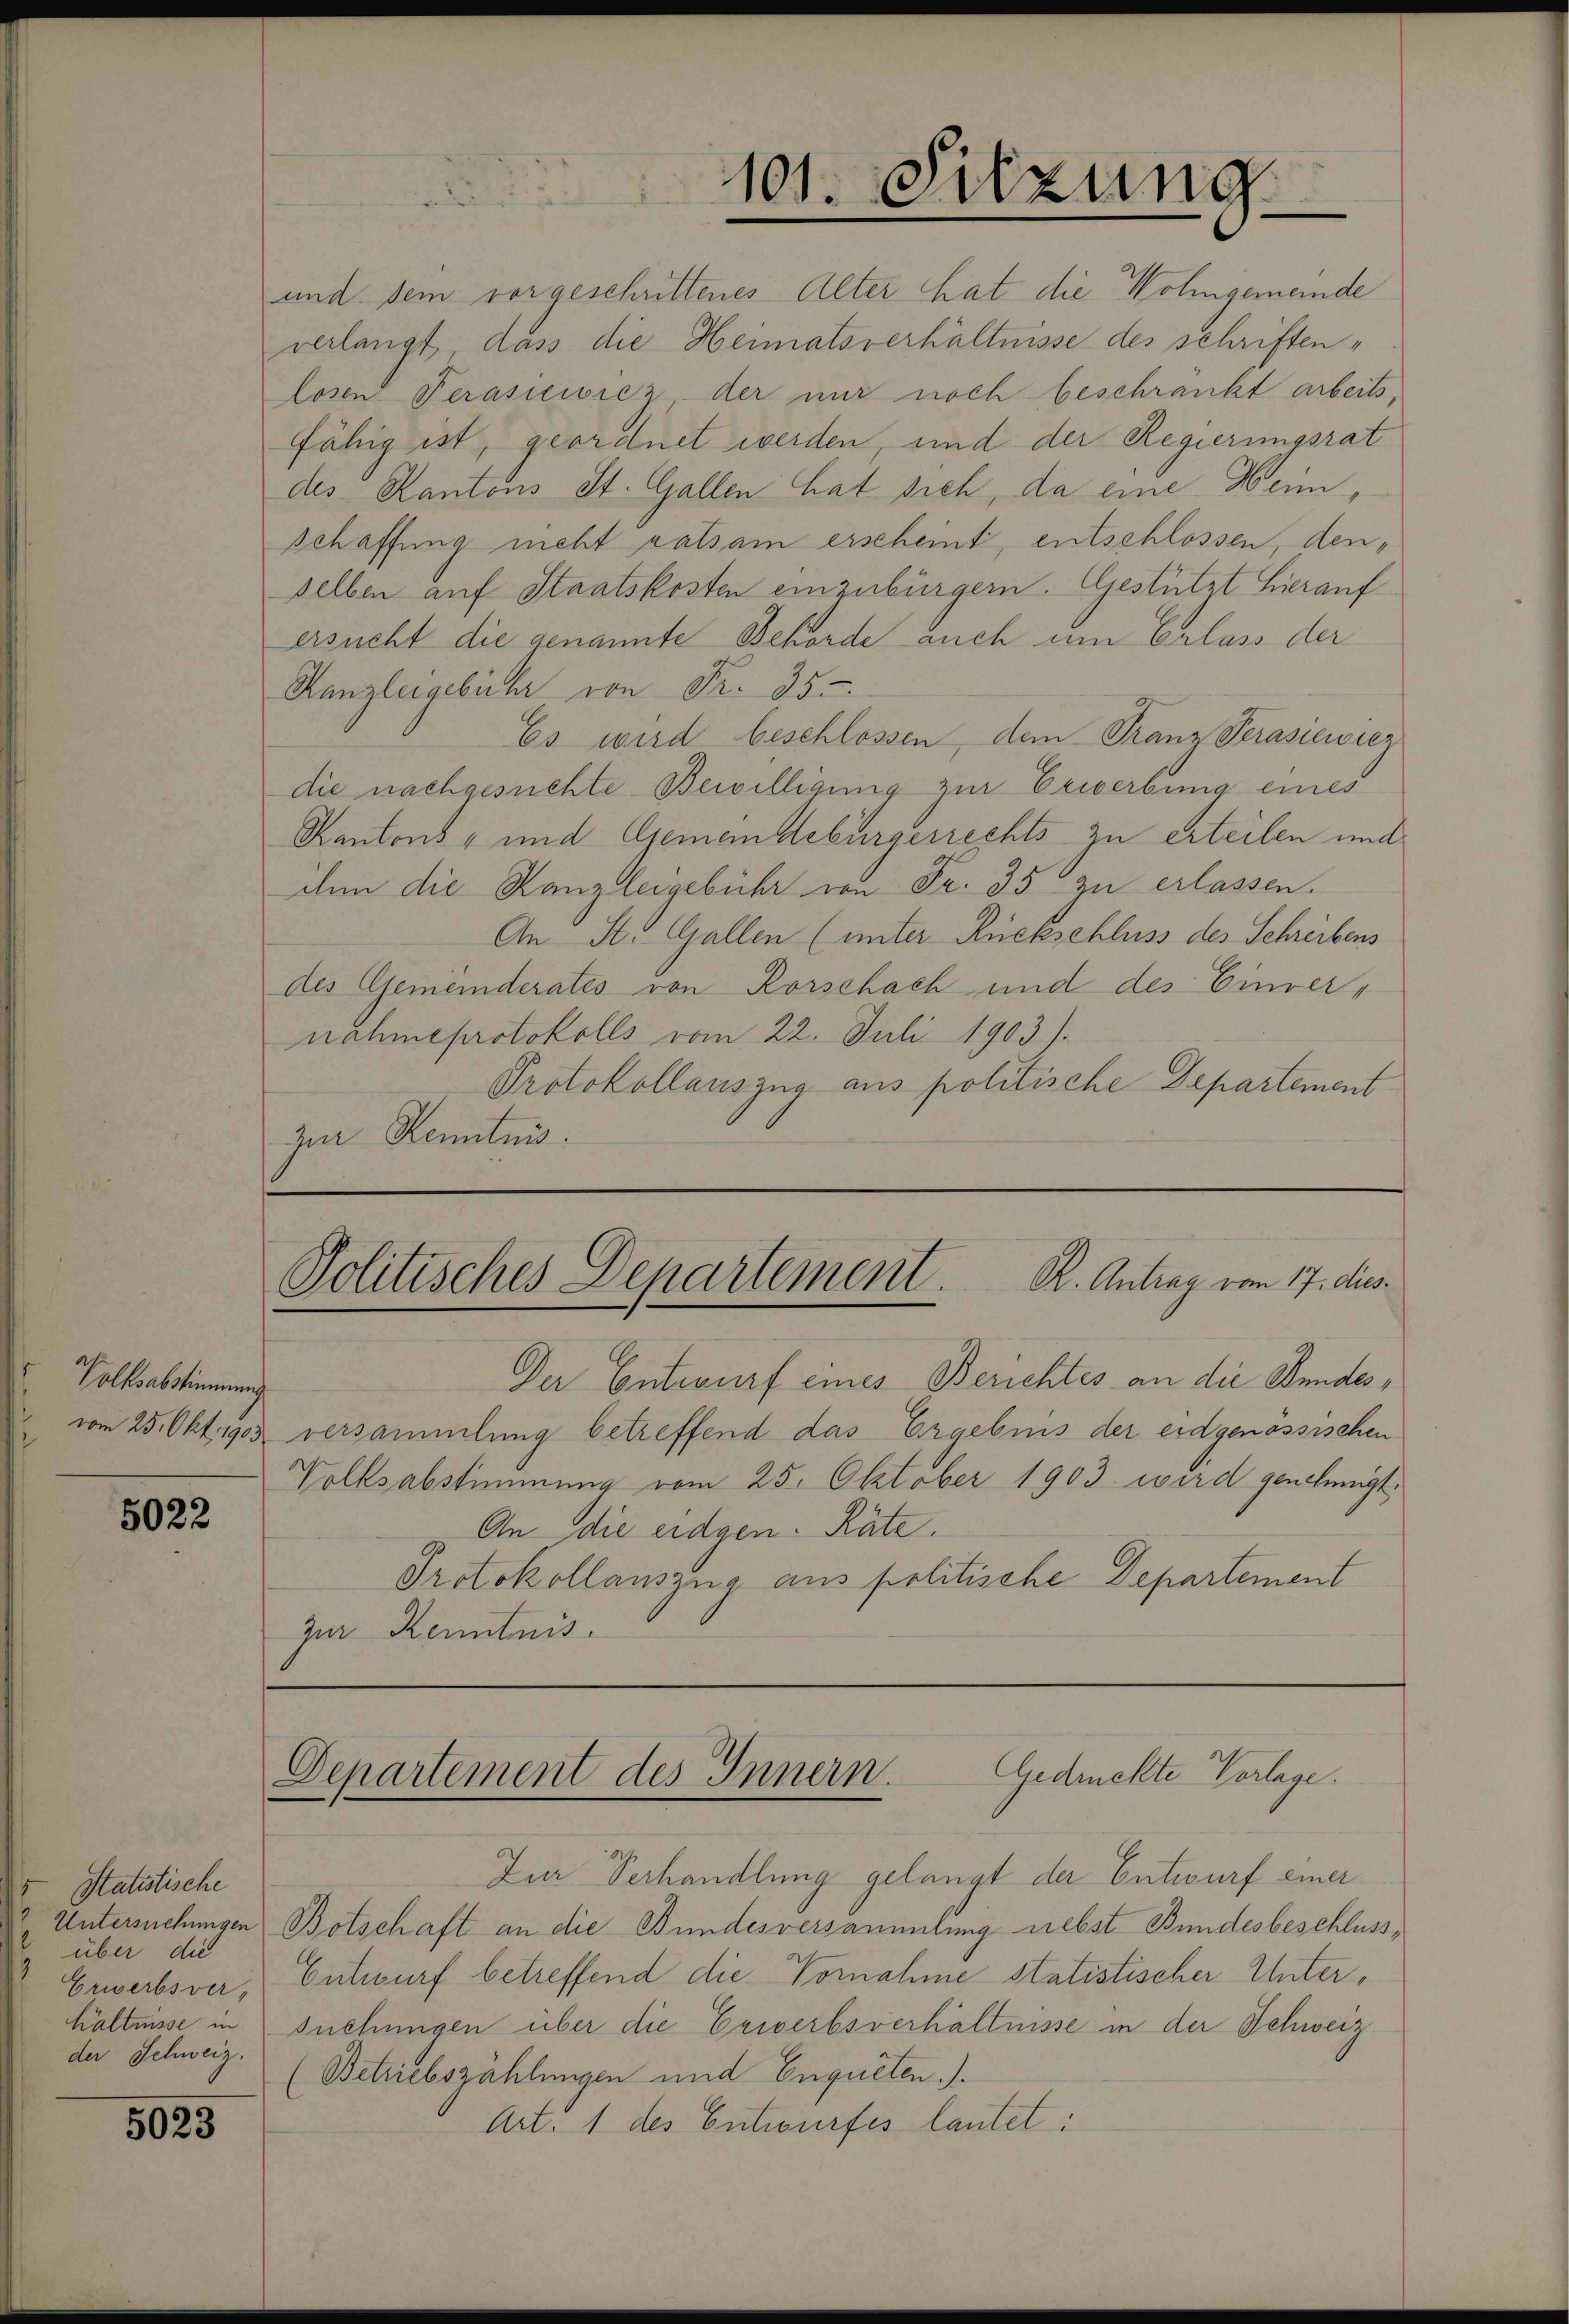
Volksabstimmung

5022

v. Statistische
Untersuchungen
über die
 Erwerbsva,
hältnisse in
der Schweiz.

5023

101. Sitzung

und dem vorgeschrittenes Alter hat die Wohngemeinde
verlangt, dass die Heimatsverhältnisse des schriftenlosen Perasiewicz der nur noch beschränkt arbeits,
fähig ist, geordnet werden, und der Regierungsrat
des Kantons St. Gallen hat sich, da eine Heimschaffung nicht ratsam erscheint, entschlossen, denselben auf Staatskosten einzubürgern. Gestützt hierauf
ersucht die genannte Behörde auch um Erlass der
Kanzleigebühr von Fr. 35.
Es wird beschlossen, dem Franz Perasiewicz
die nachgesuchte Bewilligung zur Erwerbung eines
Kantons- und Gemeindebürgerrechts zu erteilen und
ihm die Kanzleigebühr von Fr. 35 zu erlassen.
An St. Gallen (unter Rückschluss des Schreibens
des Gemeinderates von Rorschach und des Einvernähmeprotokolls vom 22. Juli 1903).
Protokollauszug aus politische Departement
zur Kenntnis.

Politisches Departement. K. Antrag vom 17. dies

Der Entwurf eines Berichtes an die Bundeswie 25. Okt 1905 versammlung betreffend das Ergebnis der eidgenössischen
Volksabstimmung vom 25. Oktober 1903 wird genehmigt.
An die eidgen. Räte.
Protokollauszug aus politische Departement
Zur Kenntnis.

Gedruckte Vorlage.
Departement des Innern.

Zur Verhandlung gelangt der Entwurf einer
Botschaft an die Bundesversammlung nebst Bundesbeschluss,
Entwurf betreffend die Vornahme statistischer Untersuchungen über die Erwerbsverhältnisse in der Schweiz
(Betriebszählungen und Enqueten.).
Art. 1 des Entwurfes lautet: